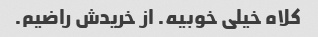
کلاه خیلی خوبیه. از خریدش راضیم.